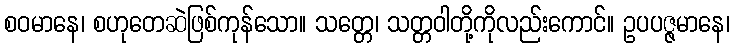
စဝမာနေ၊ စဟုတေဆဲဖြစ်ကုန်သော။ သတ္တေ၊ သတ္တဝါတို့ကိုလည်းကောင်။ ဥပပဇ္ဇမာနေ၊